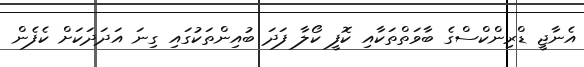
އެނާޖީ ޑްރިންކްސްގެ ބާވަތްތަކާއި ކޮފީ ކޯލާ ފަދަ ބުއިންތަކުގައި ގިނަ އަދަދަކަށް ކެފެން